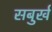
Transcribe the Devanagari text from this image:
सबुर्ख